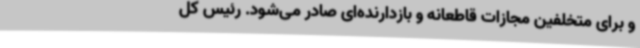
و برای متخلفین مجازات قاطعانه و بازدارنده‌ای صادر می‌شود. رئیس کل